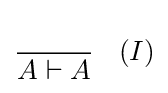
{\cfrac {\qquad }{A\vdash A}}\quad (I)